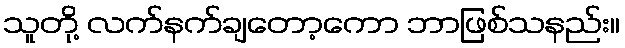
သူတို့ လက်နက်ချတော့ကော ဘာဖြစ်သနည်း။